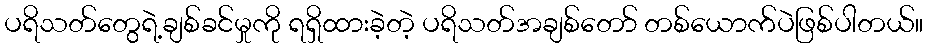
ပရိသတ်တွေရဲ့ချစ်ခင်မှုကို ရရှိထားခဲ့တဲ့ ပရိသတ်အချစ်တော် တစ်ယောက်ပဲဖြစ်ပါတယ်။